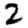
Digit: 2